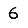
Digit: 6